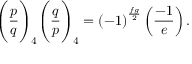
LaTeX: { \Bigg ( } { \frac { p } { q } } { \Bigg ) } _ { 4 } { \Bigg ( } { \frac { q } { p } } { \Bigg ) } _ { 4 } = \left( - 1 \right) ^ { \frac { f g } { 2 } } \left( { \frac { - 1 } { e } } \right) .